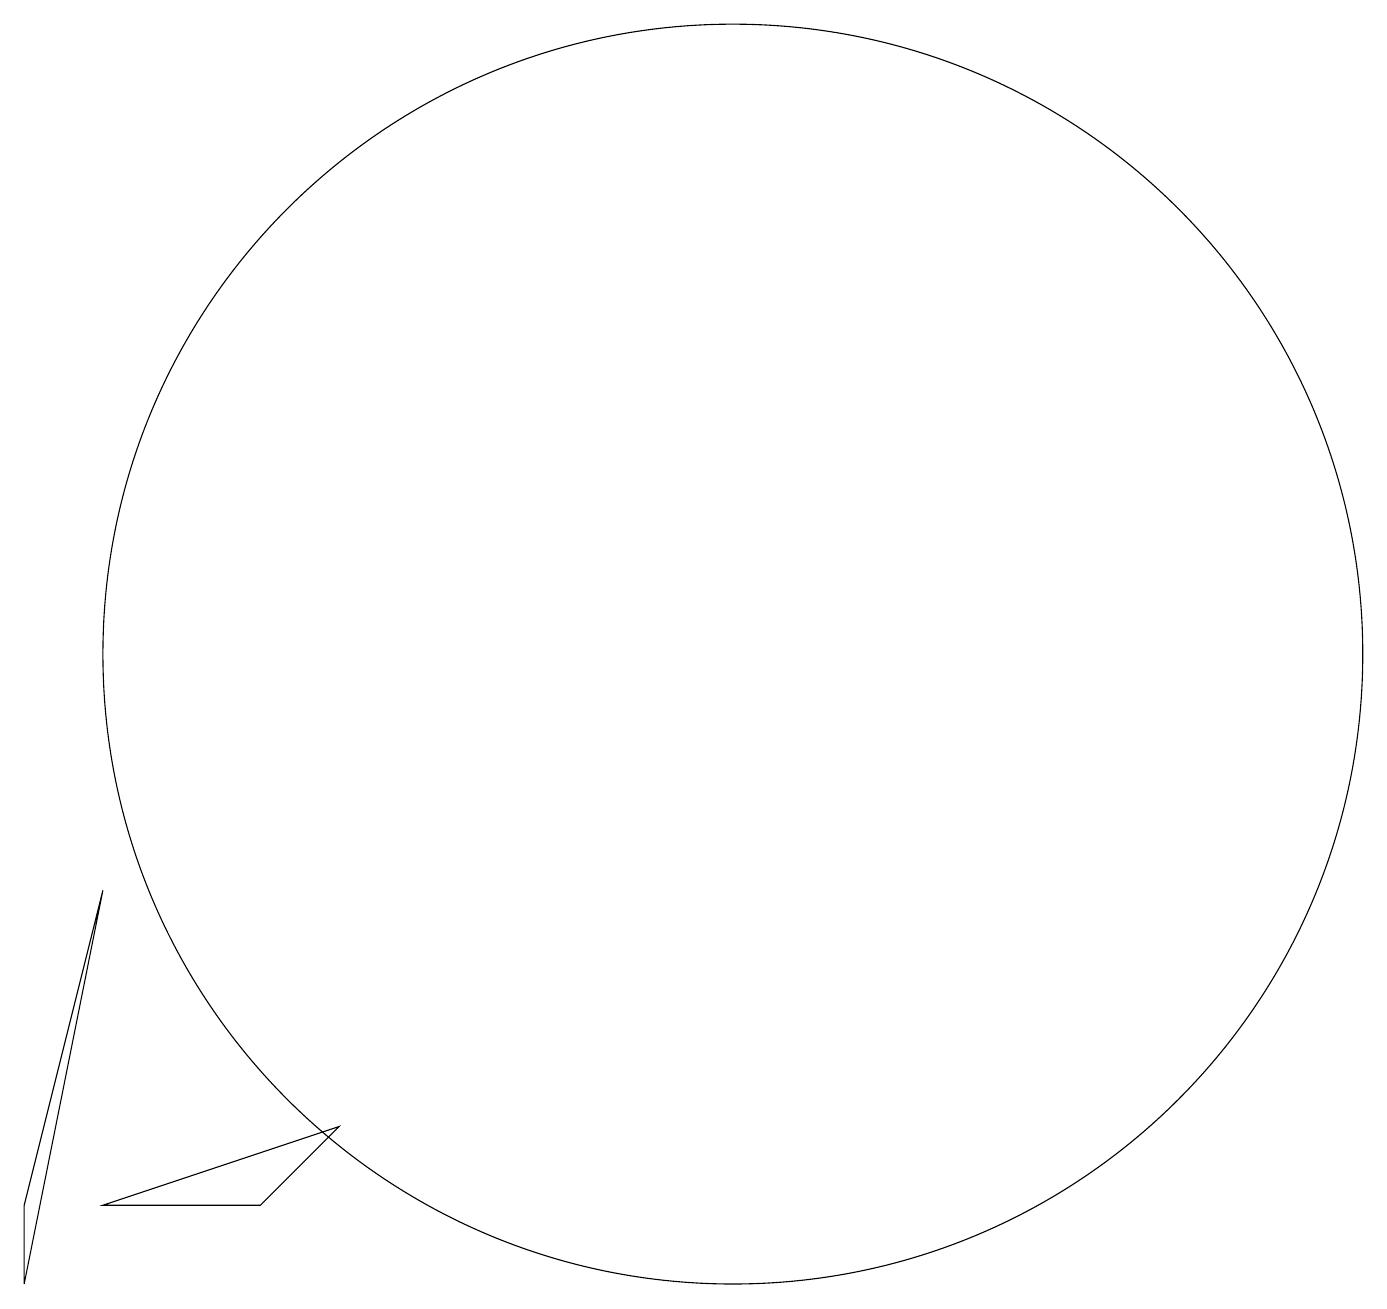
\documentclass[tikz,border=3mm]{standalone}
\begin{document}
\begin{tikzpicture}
\draw (11,12) circle (0);
\draw (11,11) circle (8);
\draw (2,4) -- (2,3) -- (3,8) -- cycle;
\draw (3,4) -- (6,5) -- (5,4) -- cycle;
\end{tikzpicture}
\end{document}